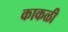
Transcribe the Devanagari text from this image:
काकळी